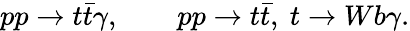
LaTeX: pp\to t\bar{t}\gamma,\qquad pp\to t\bar{t},~t\to Wb\gamma.